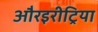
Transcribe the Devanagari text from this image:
औरइरीट्रिया